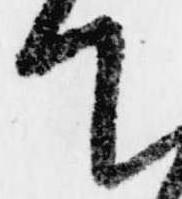
て